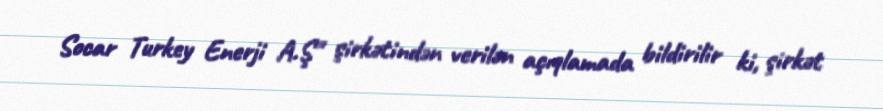
Socar Turkey Enerji A.Ş" şirkətindən verilən açıqlamada bildirilir ki, şirkət